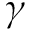
\gamma